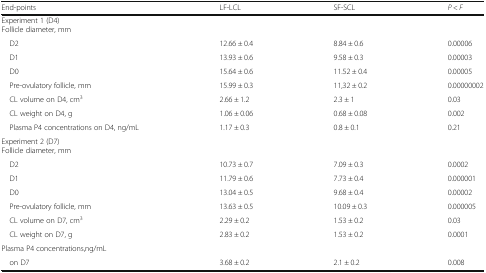
| End-points | LF-LCL | SF-SCL | P < F |
 | --- | --- | --- | --- |
 | <COLSPAN=4> Experiment 1 (D4)Follicle diameter, mm |
 | D2 | 12.66 ± 0.4 | 8.84 ± 0.6 | 0.00006 |
 | D1 | 13.93 ± 0.6 | 9.58 ± 0.3 | 0.00003 |
 | D0 | 15.64 ± 0.6 | 11.52 ± 0.4 | 0.00005 |
 | Pre-ovulatory follicle, mm | 15.99 ± 0.3 | 11,32 ± 0.2 | 0.00000002 |
 | CL volume on D4, cm3 | 2.66 ± 1.2 | 2.3 ± 1 | 0.03 |
 | CL weight on D4, g | 1.06 ± 0.06 | 0.68 ± 0.08 | 0.002 |
 | Plasma P4 concentrations on D4, ng/mL | 1.17 ± 0.3 | 0.8 ± 0.1 | 0.21 |
 | <COLSPAN=4> Experiment 2 (D7)Follicle diameter, mm |
 | D2 | 10.73 ± 0.7 | 7.09 ± 0.3 | 0.0002 |
 | D1 | 11.79 ± 0.6 | 7.73 ± 0.4 | 0.000001 |
 | D0 | 13.04 ± 0.5 | 9.68 ± 0.4 | 0.00002 |
 | Pre-ovulatory follicle, mm | 13.63 ± 0.5 | 10.09 ± 0.3 | 0.000005 |
 | CL volume on D7, cm3 | 2.29 ± 0.2 | 1.53 ± 0.2 | 0.03 |
 | CL weight on D7, g | 2.83 ± 0.2 | 1.53 ± 0.2 | 0.0001 |
 | <COLSPAN=4> Plasma P4 concentrations,ng/mL |
 | on D7 | 3.68 ± 0.2 | 2.1 ± 0.2 | 0.008 |